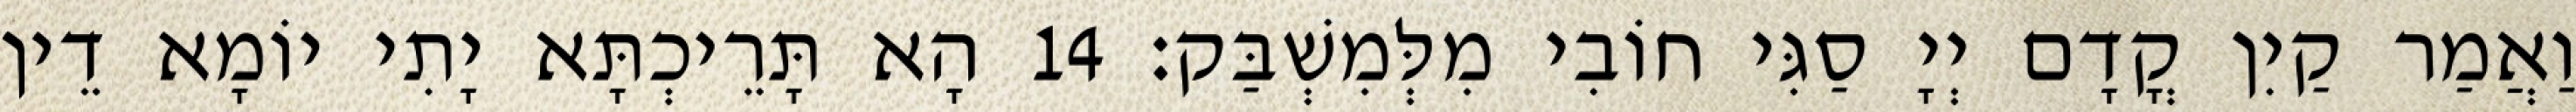
וַאֲמַר קַיִן קֳדָם יְיָ סַגִּי חוֹבִי מִלְּמִשְׁבַּק׃ 14 הָא תָּרֵיכְתָּא יָתִי יוֹמָא דֵין